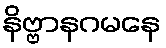
နိဗ္ဗာနဂမနေ